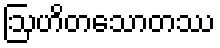
ဩဟိတသောတဿ